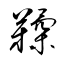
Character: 鞣